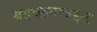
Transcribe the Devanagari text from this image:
बडवल्याबद्दल